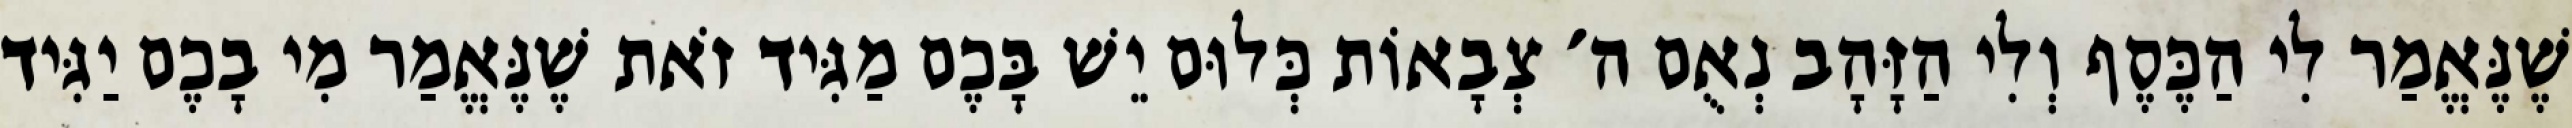
שֶׁנֶּאֱמַר לִי הַכֶּסֶף וְלִי הַזָּהָב נְאֻם ה׳ צְבָאוֹת כְּלוּם יֵשׁ בָּכֶם מַגִּיד זֹאת שֶׁנֶּאֱמַר מִי בָכֶם יַגִּיד